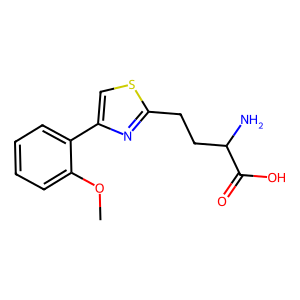
SMILES: COc1ccccc1-c1csc(CCC(N)C(=O)O)n1
Inhibits HIV replication: No